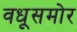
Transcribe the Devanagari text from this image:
वधूसमोर